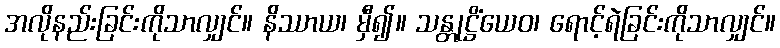
အလိုနည်းခြင်းကိုသာလျှင်။ နိဿာယ၊ မှီ၍။ သန္တုဋ္ဌိံယေဝ၊ ရောင့်ရဲခြင်းကိုသာလျှင်။